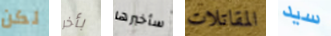
لكن بأخر سأخبرها المقاتلات سيد